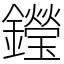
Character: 𨯗